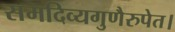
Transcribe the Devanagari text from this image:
समदिव्यगुणैरुपेत।